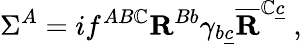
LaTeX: \Sigma^{A}=if^{AB\mathbb{C}}{\mathbf{R}}^{Bb}\gamma_{b\underline{{{c}}}}\overline{{{{\mathbf{R}}}}}^{\mathbb{C}\underline{{{c}}}}\ ,